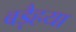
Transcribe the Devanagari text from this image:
बड़ैहया